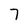
Character: 7